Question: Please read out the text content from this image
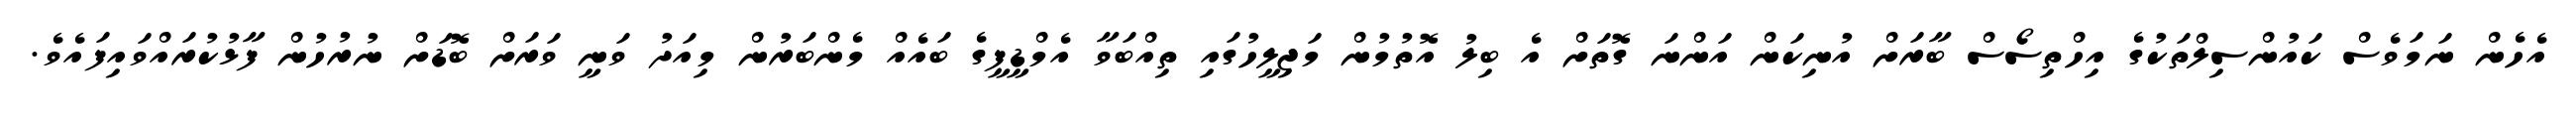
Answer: އެހެން ނަމަވެސް ކައުންސިލްތަކުގެ އިހްތިސޯސް ބާރަށް އުނިކަން އަންނަ ގޮތަށް އެ ބިލު އޮތުމުން މަޖިލީހުގައި ތިއްބަވާ އެމްޑީޕީގެ ބައެއް މެންބަރުން މިއަދު ވަނީ ވަރަށް ބޮޑަށް ނުރުހުން ފާޅުކުރައްވައިފައެވެ.